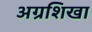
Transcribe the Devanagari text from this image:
अग्रशिखा